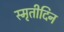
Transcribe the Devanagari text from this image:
स्मृतीदिन